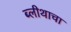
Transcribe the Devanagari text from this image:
ब्लीथाचा